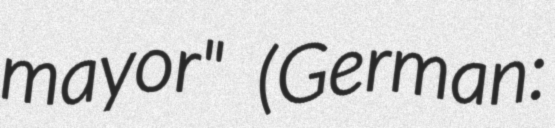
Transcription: mayor" (German: